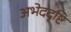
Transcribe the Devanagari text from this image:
अभेददृष्टि